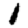
Digit: 1